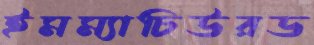
ইমম্যাচিউরড